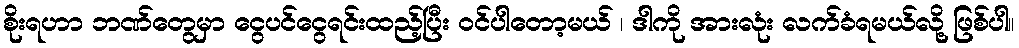
စိုးရဟာ ဘဏ်တွေမှာ ငွေပင်ငွေရင်းထည့်ပြီး ဝင်ပါတော့မယ် ၊ ဒါကို အားလုံး လက်ခံရမယ်လို့ ဖြစ်ပါ။